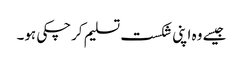
جیسے وہ اپنی شکست تسلیم کرچکی ہو۔